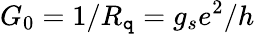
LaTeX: G_{0}=1/R_{\mathtt{q}}=g_{s}e^{2}/h